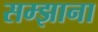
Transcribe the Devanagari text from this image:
सम्झाना